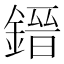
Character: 𨫌